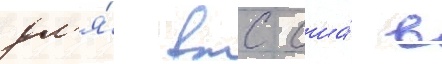
дл'я́ вмс сша́ в